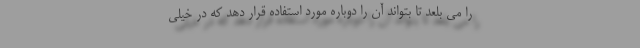
را می بلعد تا بتواند آن را دوباره مورد استفاده قرار دهد که در خیلی